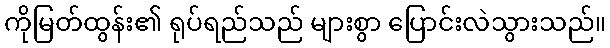
ကိုမြတ်ထွန်း၏ ရုပ်ရည်သည် များစွာ ပြောင်းလဲသွားသည်။